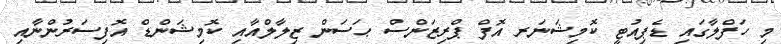
މި ހަފްލާގައި ޑެޕިއުޓީ ކޮމިޝަނަރ އޮފް ޕްރިޒަންސް ޙަސަން ޒިލާލްއާއި ކޮމިޝަންޑް އޮފިސަރުންނާއި